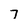
Character: 7